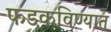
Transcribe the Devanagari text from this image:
फडकविण्यात